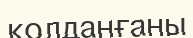
қолданғаны